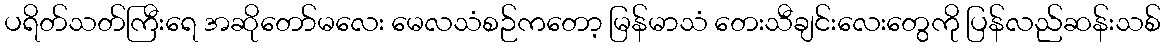
ပရိတ်သတ်ကြီးရေ အဆိုတော်မလေး မေလသံစဉ်ကတော့ မြန်မာသံ တေးသီချင်းလေးတွေကို ပြန်လည်ဆန်းသစ်